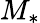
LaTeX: M_{*}